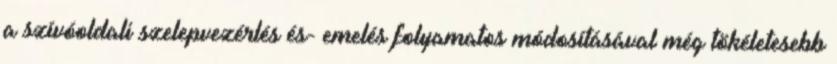
a szívóoldali szelepvezérlés és- emelés folyamatos módosításával még tökéletesebb